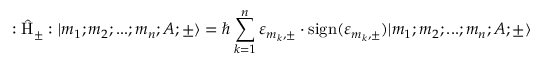
: \hat { \mathrm { H } } _ { \pm } : | m _ { 1 } ; m _ { 2 } ; . . . ; m _ { n } ; A ; \pm \rangle = \hbar \sum _ { k = 1 } ^ { n } { \varepsilon } _ { m _ { k } , \pm } \cdot \mathrm { s i g n } ( { \varepsilon } _ { m _ { k } , \pm } ) | m _ { 1 } ; m _ { 2 } ; . . . ; m _ { n } ; A ; \pm \rangle